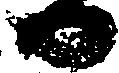
日